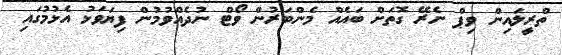
ތްރީލައިން ވިޕް ނެރޭ ގޮތަށް ބައެއް މެންބަރުން ވޯޓް ނުދެއްވުމުން ފިޔަވަޅު އެޅުމުގައި